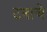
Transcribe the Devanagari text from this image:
टनाचे